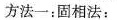
方法一：固相法：